Vaccination returns of the Province of Eastern Bengal and Assam - 1905-1912
Year: 1905
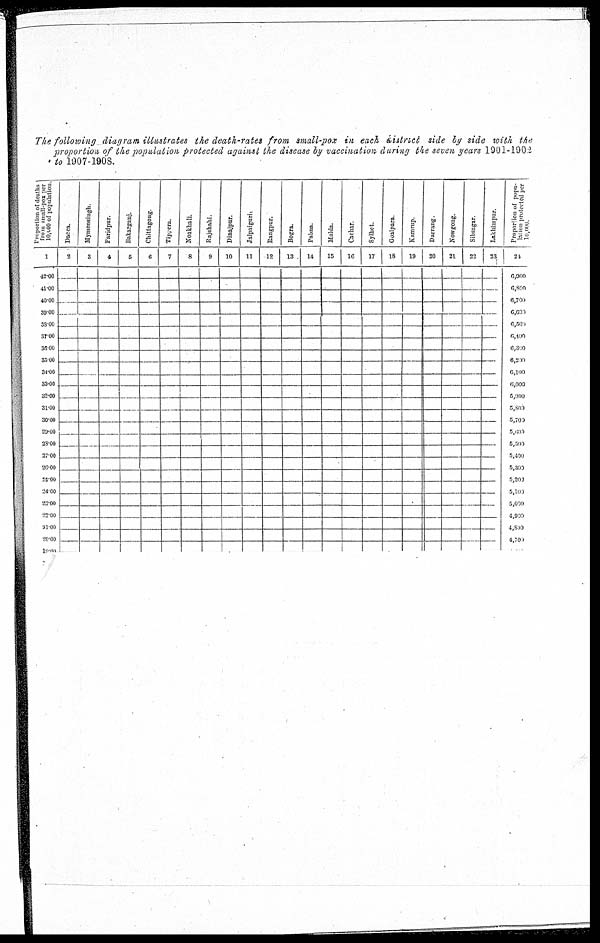
The following diagram illustrates the death-rates from small-pox in each district side by side with the
proportion of the population protected against the disease by vaccination during the seven years 1901-1902
to 1907-1908.